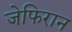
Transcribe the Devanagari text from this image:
जेफिरान